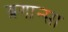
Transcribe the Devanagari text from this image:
ब्रगान्सा